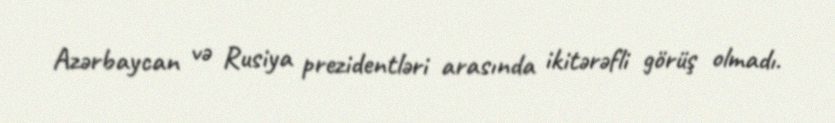
Azərbaycan və Rusiya prezidentləri arasında ikitərəfli görüş olmadı.